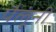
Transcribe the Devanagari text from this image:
पैलूंनी